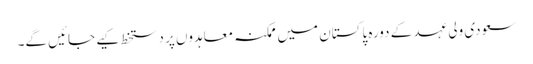
سعودی ولی عہد کے دورہ پاکستان میں ممکنہ معاہدوں پر دستخط کیے جائیں گے۔